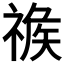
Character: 𥚦